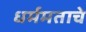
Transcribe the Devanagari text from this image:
धर्ममताचे